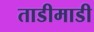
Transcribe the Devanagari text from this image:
ताडीमाडी